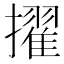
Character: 擢